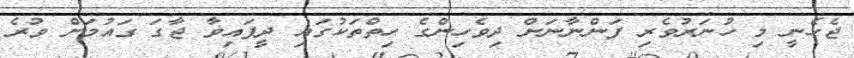
ޖެހެނީ މި ހުނަރުވެރި ފަންނާނަށް ދިވެހިންގެ ހިތްތަކުގައި ދީފައިވާ ޖާގަ ގައުމަށް ވުރެ